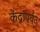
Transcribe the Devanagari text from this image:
केंद्रांपर्यंत